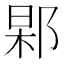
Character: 𨜍